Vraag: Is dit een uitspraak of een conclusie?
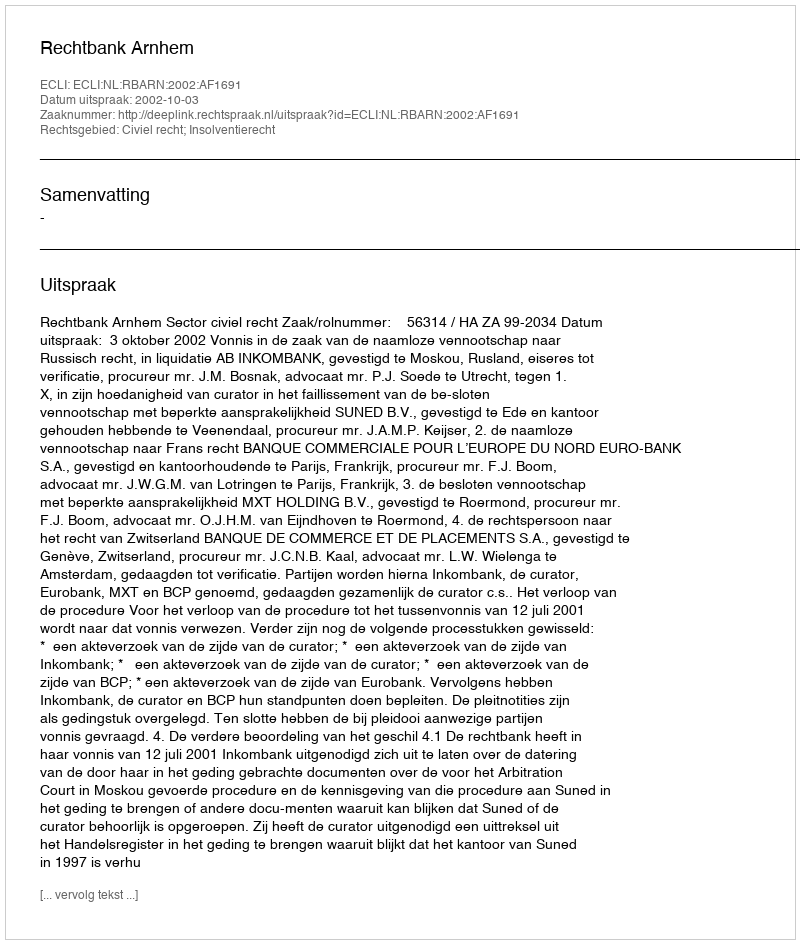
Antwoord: Uitspraak